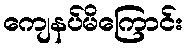
ကျေနပ်မိကြောင်း